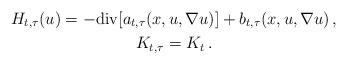
LaTeX: \begin{gather*}H_{t,\tau}(u) =- \mathrm{div}[a_{t,\tau}(x,u,\nabla u)] + b_{t,\tau}(x,u,\nabla u)\,,\\K_{t,\tau} = K_t\,.\end{gather*}